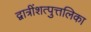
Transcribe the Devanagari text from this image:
द्वात्रींशत्पुत्तलिका